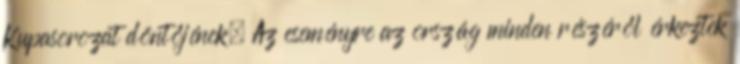
Kupasorozat döntőjének. Az eseményre az ország minden részéről érkeztek